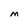
Character: M